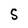
Character: S